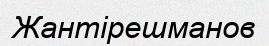
Жантірешманов